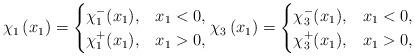
LaTeX: \begin{align*} \chi_1\left(x_1\right) = \begin{cases}\chi_1^-(x_1), & x_1 < 0, \\\chi_1^+(x_1), & x_1 > 0,\end{cases} \chi_3\left(x_1\right) = \begin{cases} \chi_3^-(x_1), & x_1 < 0,\\\chi_3^+(x_1), & x_1 > 0,\end{cases}\end{align*}